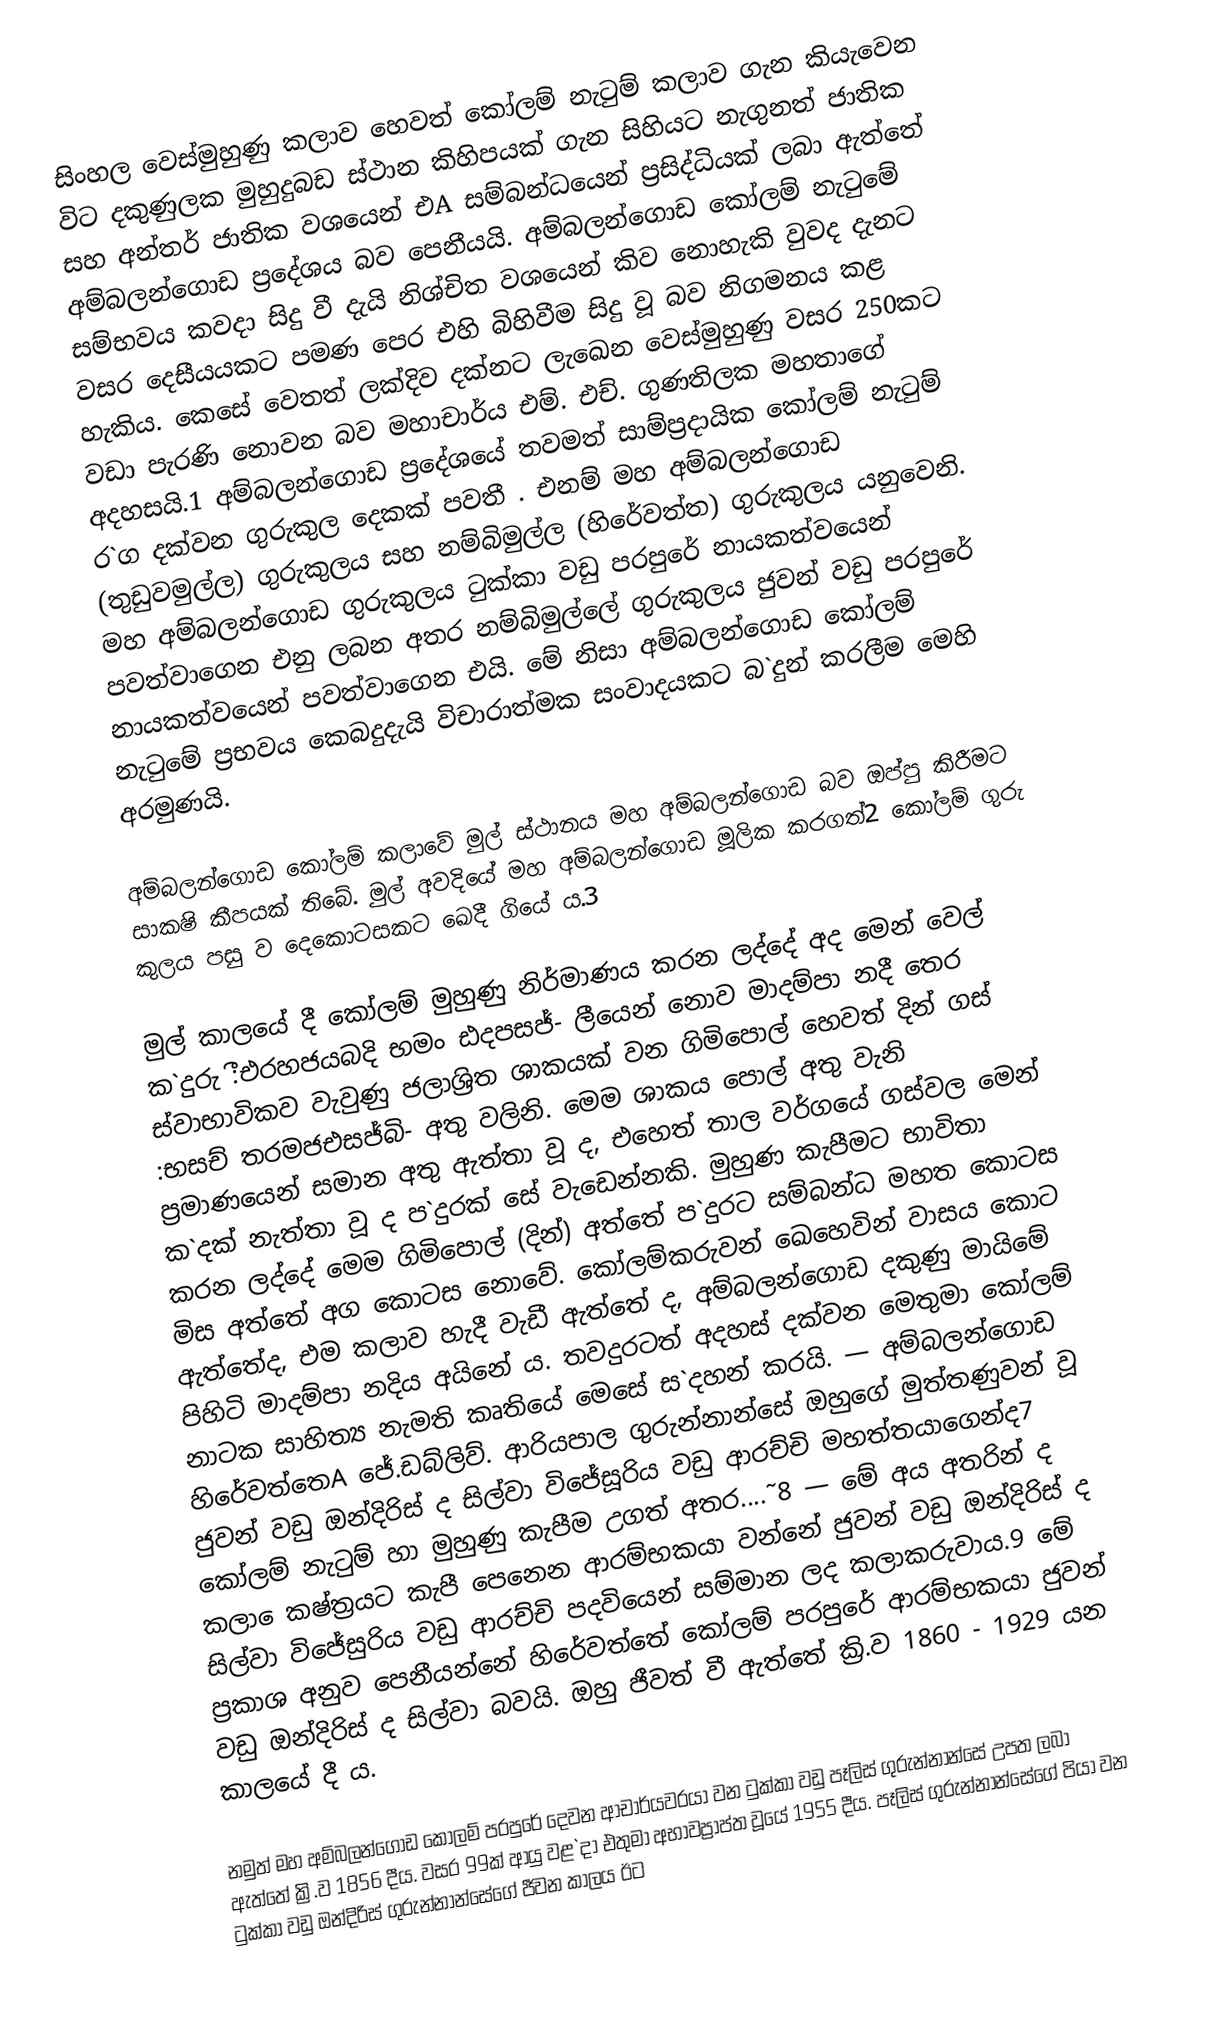
සිංහල වෙස්මුහුණු කලාව හෙවත් කෝලම් නැටුම් කලාව ගැන කියැවෙන විට දකුණුලක මුහුදුබඩ ස්ථාන කිහිපයක් ගැන සිහියට නැගුනත් ජාතික සහ අන්තර් ජාතික වශයෙන් එA සම්බන්ධයෙන් ප්‍රසිද්ධියක් ලබා ඇත්තේ අම්බලන්ගොඩ ප්‍රදේශය බව පෙනීයයි. අම්බලන්ගොඩ කෝලම් නැටුමේ සම්භවය කවදා සිදු වී දැයි නිශ්චිත වශයෙන් කිව නොහැකි වුවද දැනට වසර දෙසීයයකට පමණ පෙර එහි බිහිවීම සිදු වූ බව නිගමනය කළ හැකිය. කෙසේ වෙතත් ලක්දිව දක්නට ලැඛෙන වෙස්මුහුණු වසර 250කට වඩා පැරණි නොවන බව මහාචාර්ය එම්. එච්. ගුණතිලක මහතාගේ අදහසයි.1 අම්බලන්ගොඩ ප්‍රදේශයේ තවමත් සාම්ප්‍රදායික කෝලම් නැටුම් ර`ග දක්වන ගුරුකුල දෙකක් පවතී . එනම් මහ අම්බලන්ගොඩ (තුඩුවමුල්ල) ගුරුකුලය සහ නම්බිමුල්ල (හිරේවත්ත) ගුරුකුලය යනුවෙනි. මහ අම්බලන්ගොඩ ගුරුකුලය ටුක්කා වඩු පරපුරේ නායකත්වයෙන් පවත්වාගෙන එනු ලබන අතර නම්බිමුල්ලේ ගුරුකුලය ජුවන් වඩු පරපුරේ නායකත්වයෙන් පවත්වාගෙන එයි. මේ නිසා අම්බලන්ගොඩ කෝලම් නැටුමේ ප්‍රභවය කෙබදුදැයි විචාරාත්මක සංවාදයකට බ`දුන් කරලීම මෙහි අරමුණයි.

අම්බලන්ගොඩ කෝලම් කලාවේ මුල් ස්ථානය මහ අම්බලන්ගොඩ බව ඔප්පු කිරීමට සාක‍ෂි කීපයක් තිබේ. මුල් අවදියේ මහ අම්බලන්ගොඩ මූලික කරගත්2 කෝලම් ගුරු කුලය පසු ව දෙකොටසකට ඛෙදී ගියේ ය.3

මුල් කාලයේ දී කෝලම් මුහුණු නිර්මාණය කරන ලද්දේ අද මෙන් වෙල් ක`දුරු :ීඑරහජයබදි භමං ඪදපසජ්- ලීයෙන් නොව මාදම්පා නදී තෙර ස්වාභාවිකව වැවුණු ජලාශ්‍රිත ශාකයක් වන ගිමිපොල් හෙවත් දින් ගස් :භසච් ත‍රමජඑසජ්බි- අතු වලිනි. මෙම ශාකය පොල් අතු වැනි ප්‍රමාණයෙන් සමාන අතු ඇත්තා වූ ද, එහෙත් තාල වර්ගයේ ගස්වල මෙන් ක`දක් නැත්තා වූ ද ප`දුරක් සේ වැඩෙන්නකි. මුහුණ කැපීමට භාවිතා කරන ලද්දේ මෙම ගිමිපොල් (දින්) අත්තේ ප`දුරට සම්බන්ධ මහත කොටස මිස අත්තේ අග කොටස නොවේ. කෝලම්කරුවන් ඛෙහෙවින් වාසය කොට ඇත්තේද, එම කලාව හැදී වැඩී ඇත්තේ ද, අම්බලන්ගොඩ දකුණු මායිමේ පිහිටි මාදම්පා නදිය අයිනේ ය. තවදුරටත් අදහස් දක්වන මෙතුමා කෝලම් නාටක සාහිත්‍ය නැමති කෘතියේ මෙසේ ස`දහන් කරයි. — අම්බලන්ගොඩ හිරේවත්තෙA ජේ.ඩබ්ලිව්. ආරියපාල ගුරුන්නාන්සේ ඔහුගේ මුත්තණුවන් වූ ජුවන් වඩු ඔන්දිරිස් ද සිල්වා විජේසූරිය වඩු ආරච්චි මහත්තයාගෙන්ද7 කෝලම් නැටුම් හා මුහුණු කැපීම උගත් අතර....˜8 — මේ අය අතරින් ද කලා ෙක‍ෂ්ත්‍රයට කැපී පෙනෙන ආරම්භකයා වන්නේ ජුවන් වඩු ඔන්දිරිස් ද සිල්වා විජේසුරිය වඩු ආරච්චි පදවියෙන් සම්මාන ලද කලාකරුවාය.9 මේ ප්‍රකාශ අනුව පෙනීයන්නේ හිරේවත්තේ කෝලම් පරපුරේ ආරම්භකයා ජුවන් වඩු ඔන්දිරිස් ද සිල්වා බවයි. ඔහු ජීවත් වී ඇත්තේ ක්‍රි.ව 1860 - 1929 යන කාලයේ දී ය.

නමුත් මහ අම්බලන්ගොඩ කෝලම් පරපුරේ දෙවන ආචාර්යවරයා වන ටුක්කා වඩු පෑලිස් ගුරුන්නාන්සේ උපත ලබා ඇත්තේ ක්‍රි.ව 1856 දීය. වසර 99ක් ආයු වළ`දා එතුමා අභාවප්‍රාප්ත වූයේ 1955 දීය. පෑලිස් ගුරුන්නාන්සේගේ පියා වන ටුක්කා වඩු ඔන්දිරිස් ගුරුන්නාන්සේගේ ජීවන කාලය ඊට